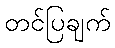
တင်ပြချက်